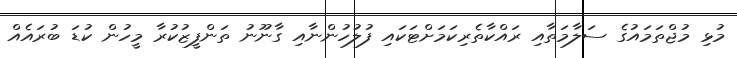
މުޅި މުޖްތަމައުގެ ސަލާމަތާއި ރައްކާތެރިކަމަށްޓަކައި ފުލުހުންނާއި ގާނޫނު ތަންފީޒުކުރާ މީހުން ކުޑަ ބުރައެއް